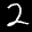
Label: 2